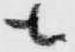
も